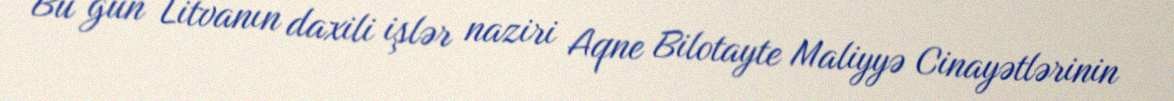
Bu gün Litvanın daxili işlər naziri Aqne Bilotayte Maliyyə Cinayətlərinin